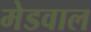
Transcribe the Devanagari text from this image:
मेडवाल